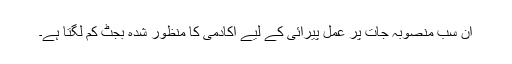
ان سب منصوبہ جات پر عمل پیرائی کے لیے اکادمی کا منظور شدہ بجٹ کم لگتا ہے۔